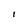
Character: I